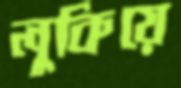
লুকিয়ে